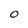
Character: O